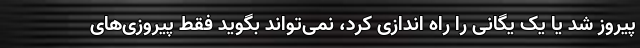
پیروز شد یا یک یگانی را راه اندازی کرد، نمی‌تواند بگوید فقط پیروزی‌های